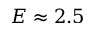
E \approx 2 . 5